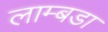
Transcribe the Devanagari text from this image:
लाम्बडा